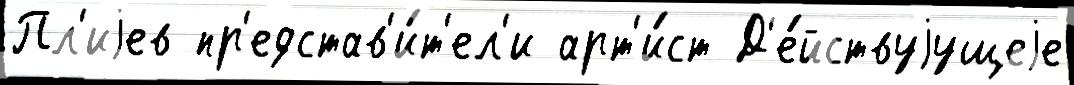
Пл'иjев пр'едстав'и́т'ел'и арт'и́ст Д'е́йствуjущеjе